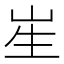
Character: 𭺱